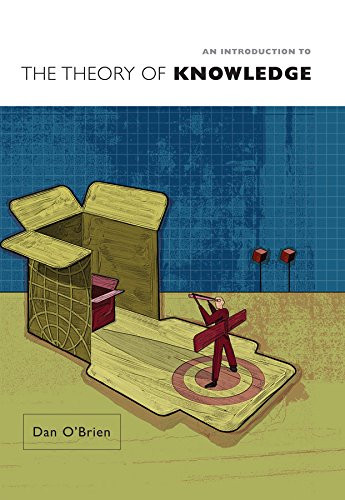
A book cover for An Introduction to the Theory of Knowledge; Dan O'Brien; Politics & Social Sciences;